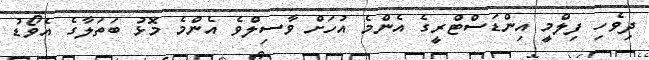
ދިވެހި ފިލްމީ އިންޑަސްޓްރީގެ އެންމެ އުހަށް ވާސިލްވެ އެންމެ މޮޅު ބަތަލާގެ އެވޯޑު